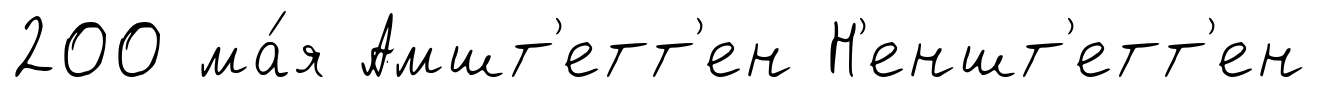
200 ма́я Амшт'етт'ен Н'еншт'етт'ен